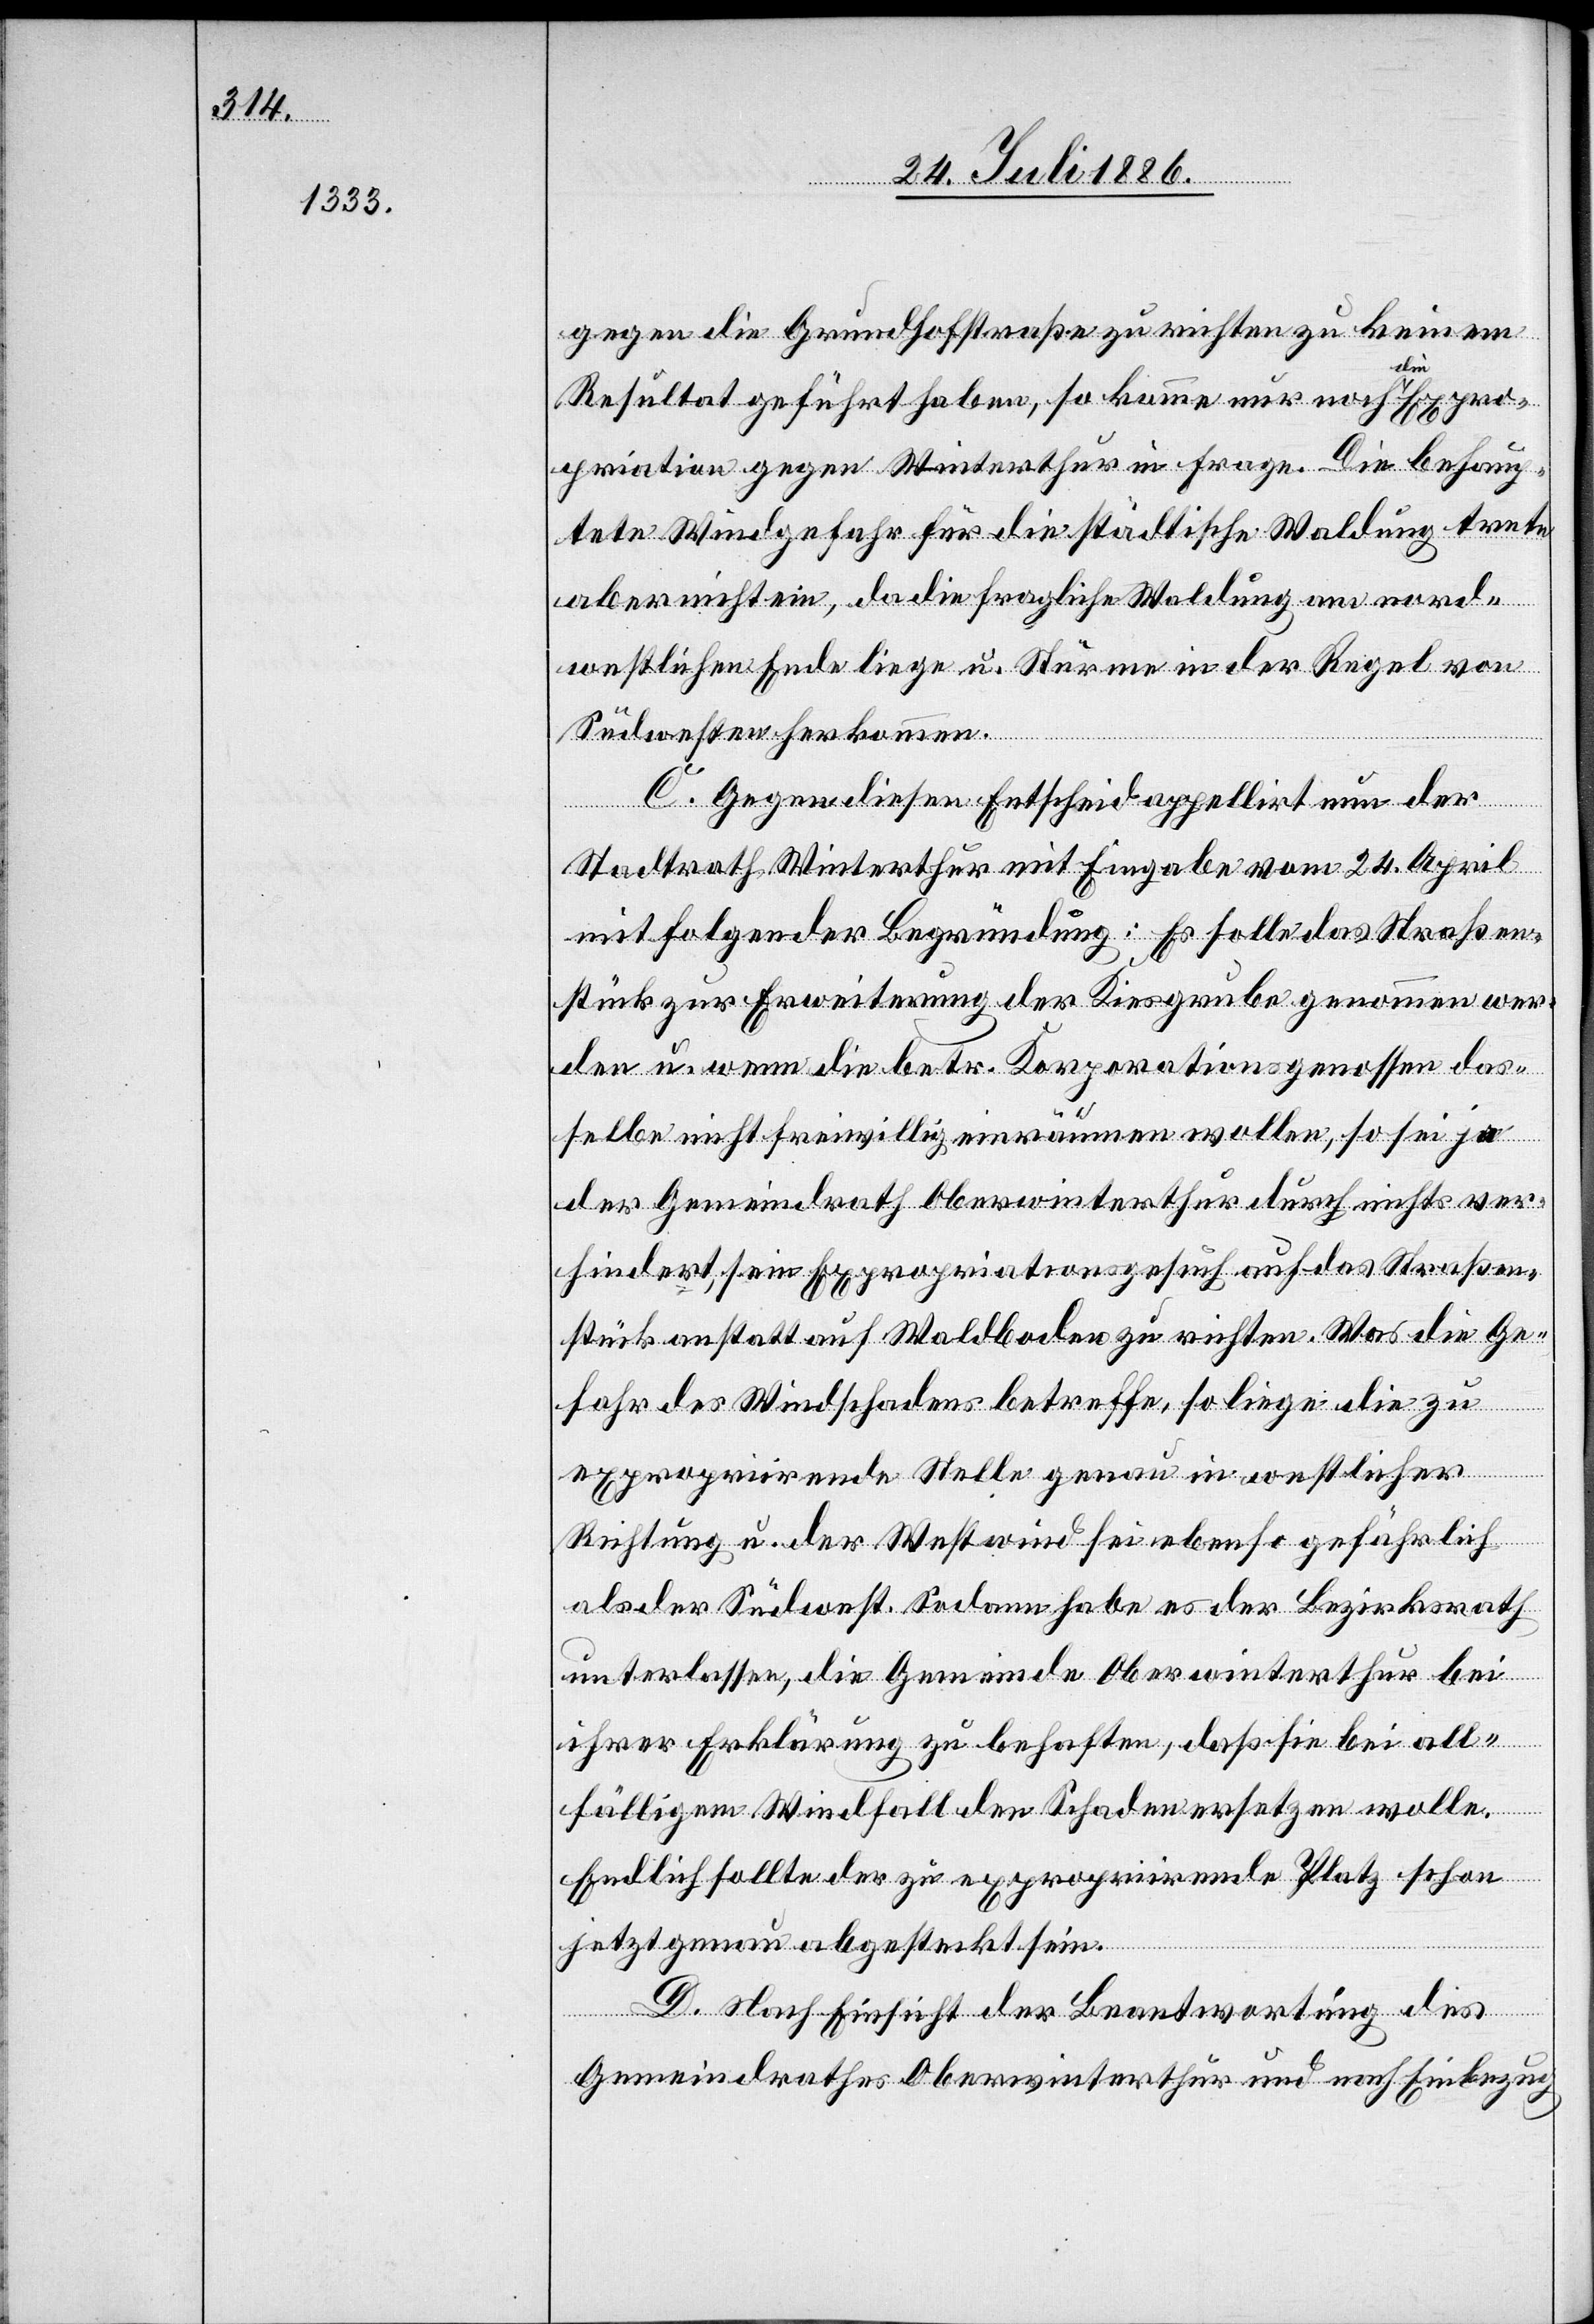
gegen die Grundhofstraße zu richten zu keinem
Resultat geführt haben, so komme nur noch die Expro¬
priation gegen Winterthur in Frage. Die behaup¬
tete Windgefahr für die städtische Waldung trete
aber nicht ein, da die fragliche Waldung am nord¬
westlichen Ende liege u. Stürme in der Regel von
Südwesten herkommen.
C. Gegen diesen Entscheid appellirt nun der
Stadtrath Winterthur mit Eingabe vom 24. April
mit folgender Begründung: Es solle das Straßen¬
stück zur Erweiterung der Kiesgrube genommen wer¬
den u. wenn die betr. Korporationsgenossen das¬
selbe nicht freiwillig einräumen wollen, so sei ja
der Gemeindrath Oberwinterthur durch nichts ver¬
hindert, sein Expropriationsgesuch auf das Straßen¬
stück anstatt auf Waldboden zu richten. Was die Ge¬
fahr des Windschadens betreffe, so liege die zu
expropriirende Stelle genau in westlicher
Richtung u. der Westwind sei eben so gefährlich
als der Südwest. Sodann habe es der Bezirksrath
unterlassen, die Gemeinde Oberwinterthur bei
ihrer Erklärung zu behaften, daß sie bei all¬
fälligem Windfall den Schaden ersetzen wolle.
Endlich sollte der zu expropriirende Platz schon
jetzt genau abgesetzt sein.
D. Nach Einsicht der Beantwortung des
Gemeindrathes Oberwinterthur und nach Einbezug